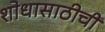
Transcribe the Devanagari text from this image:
शोधासाठीची